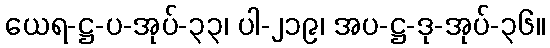
ယေရ-ဋ္ဌ-ပ-အုပ်-၃၃၊ ပါ-၂၁၉၊ အပ-ဋ္ဌ-ဒု-အုပ်-၃၆။